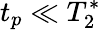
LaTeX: t_{p}\ll T_{2}^{*}